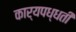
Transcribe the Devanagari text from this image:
कार्यपध्धती